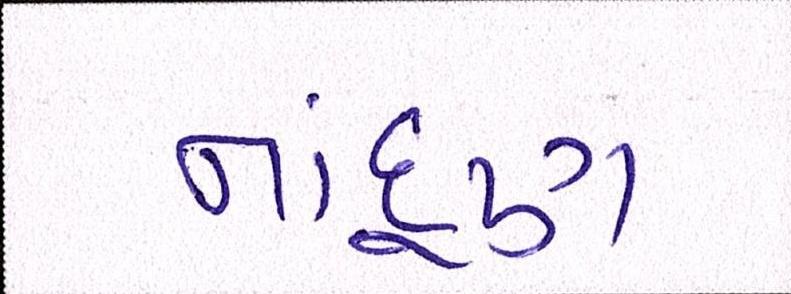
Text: નાંદૂણ